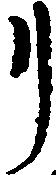
リ